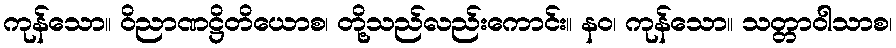
ကုန်သော။ ဝိညာဏဋ္ဌိတိယောစ၊ တို့သည်လည်းကောင်း။ နဝ၊ ကုန်သော။ သတ္တာဝါသာစ၊